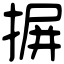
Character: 摒